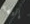
إليها